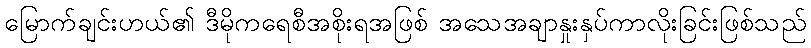
မြောက်ချင်းဟယ်၏ ဒီမိုကရေစီအစိုးရအဖြစ် အသေအချာနှုးနှပ်ကာလိုးခြင်းဖြစ်သည်